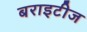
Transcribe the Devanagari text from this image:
बराइटीज